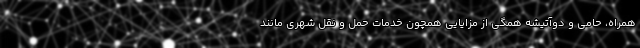
همراه، حامی و دوآتیشه همگی از مزایایی همچون خدمات حمل و نقل شهری مانند